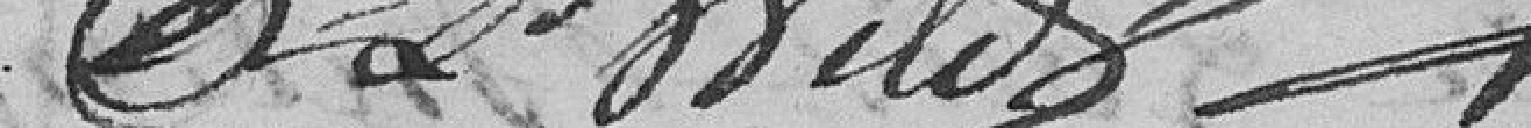
CD Wild